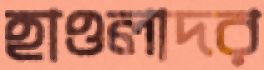
হাওলাদর